Indian journal of veterinary science and animal husbandry - Volume 1,
Year: 1931
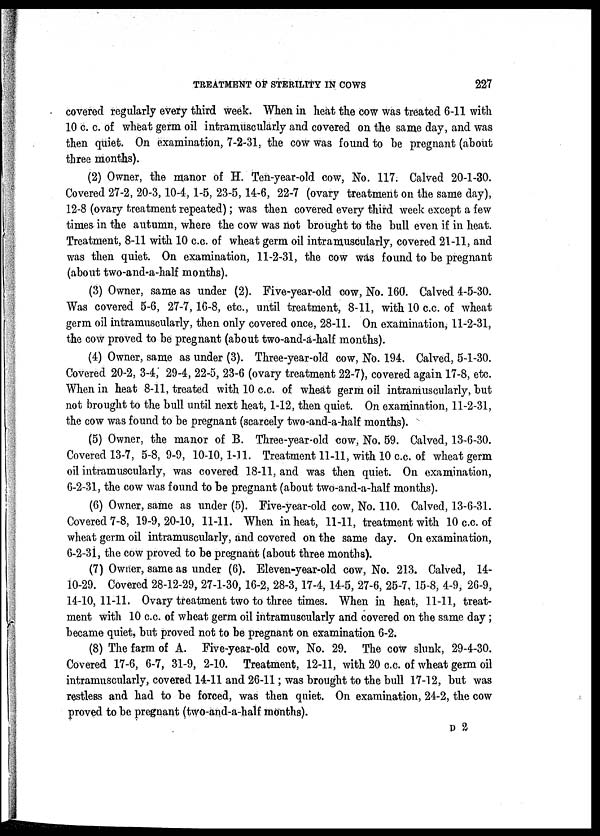
TREATMENT OF STERILITY IN COWS
227
covered regularly every third week. When in heat the cow was treated 6-11 with
10 c. c. of wheat germ oil intramuscularly and covered on the same day, and was
then quiet. On examination, 7-2-31, the cow was found to be pregnant (about
three months).
(2) Owner, the manor of H. Ten-year-old cow, No. 117. Calved 20-1-30.
Covered 27-2, 20-3, 10-4, 1-5, 23-5, 14-6, 22-7 (ovary treatment on the same day),
12-8 (ovary treatment repeated); was then covered every third week except a few
times in the autumn, where the cow was not brought to the bull even if in heat.
Treatment, 8-11 with 10 c.c. of wheat germ oil intramuscularly, covered 21-11, and
was then quiet. On examination, 11-2-31, the cow was found to be pregnant
(about two-and-a-half months).
(3) Owner, same as under (2). Five-year-old cow, No. 160. Calved 4-5-30.
Was covered 5-6, 27-7, 16-8, etc., until treatment, 8-11, with 10 c.c. of wheat
germ oil intramuscularly, then only covered once, 28-11. On examination, 11-2-31,
the cow proved to be pregnant (about two-and-a-half months).
(4) Owner, same as under (3). Three-year-old cow, No. 194. Calved, 5-1-30.
Covered 20-2, 3-4, 29-4, 22-5, 23-6 (ovary treatment 22-7), covered again 17-8, etc.
When in heat 8-11, treated with 10 c.c. of wheat germ oil intramuscularly, but
not brought to the bull until next heat, 1-12, then quiet. On examination, 11-2-31,
the cow was found to be pregnant (scarcely two-and-a-half months).
(5) Owner, the manor of B. Three-year-old cow, No. 59. Calved, 13-6-30.
Covered 13-7, 5-8, 9-9, 10-10, 1-11. Treatment 11-11, with 10 c.c. of wheat germ
oil intramuscularly, was covered 18-11, and was then quiet. On examination,
6-2-31, the cow was found to be pregnant (about two-and-a-half months).
(6) Owner, same as under (5). Five-year-old cow, No. 110. Calved, 13-6-31.
Covered 7-8, 19-9, 20-10, 11-11. When in heat, 11-11, treatment with 10 c.c. of
wheat germ oil intramuscularly, and covered on the same day. On examination,
6-2-31, the cow proved to be pregnant (about three months).
(7) Owner, same as under (6). Eleven-year-old cow, No. 213. Calved, 14-
10-29. Covered 28-12-29, 27-1-30, 16-2, 28-3, 17-4, 14-5, 27-6, 25-7, 15-8, 4-9, 26-9,
14-10, 11-11. Ovary treatment two to three times. When in heat, 11-11, treat-
ment with 10 c.c. of wheat germ oil intramuscularly and covered on the same day;
became quiet, but proved not to be pregnant on examination 6-2.
(8) The farm of A. Five-year-old cow, No. 29. The cow slunk, 29-4-30.
Covered 17-6, 6-7, 31-9, 2-10. Treatment, 12-11, with 20 c.c. of wheat germ oil
intramuscularly, covered 14-11 and 26-11; was brought to the bull 17-12, but was
restless and had to be forced, was then quiet. On examination, 24-2, the cow
proved to be pregnant (two-and-a-half months).
D 2